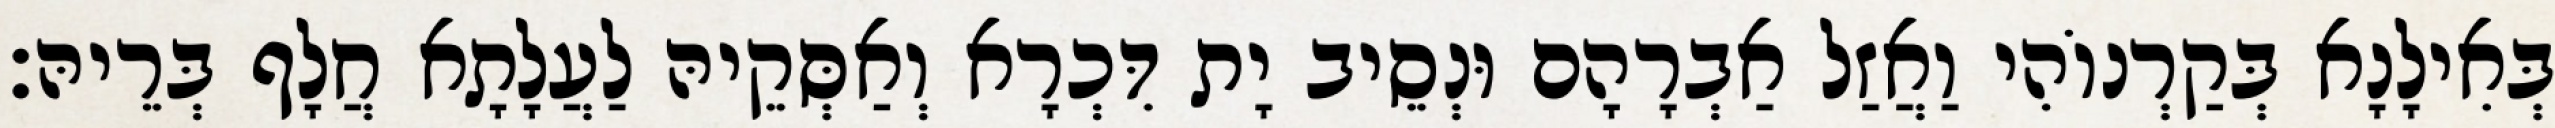
בְּאִילָנָא בְּקַרְנוֹהִי וַאֲזַל אַבְרָהָם וּנְסֵיב יָת דִּכְרָא וְאַסְּקֵיהּ לַעֲלָתָא חֲלָף בְּרֵיהּ׃